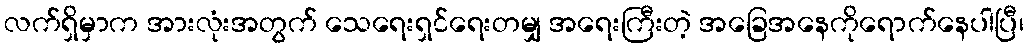
လက်ရှိမှာက အားလုံးအတွက် သေရေးရှင်ရေးတမျှ အရေးကြီးတဲ့ အခြေအနေကိုရောက်နေပါပြီ၊